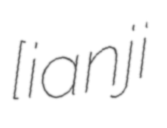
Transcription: [iˈʋaːnji